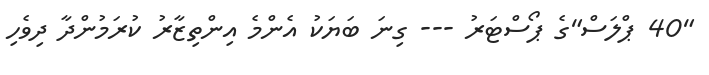
"40 ޕްލަސް"ގެ ޕޯސްޓަރު --- ގިނަ ބަޔަކު އެންމެ އިންތިޒާރު ކުރަމުންދާ ދިވެހި